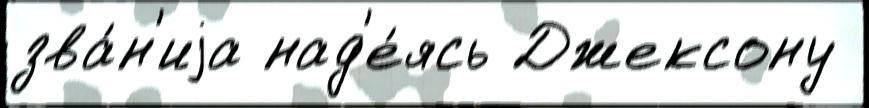
зва́н'иjа над'е́ясь Джексону